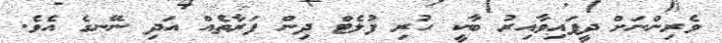
ވެރިންނަށް ދީފައިވާއިރު ބާކީ ހުރި ފުލެޓް ދިން ފަރާތެއް އަދި ނޭނގެ އެވެ.